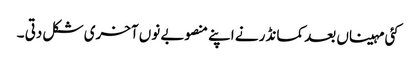
کئی مہیناں بعد کمانڈر نے اپنے منصوبے نوں آخری شکل دتی ۔